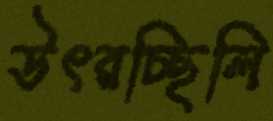
উৎরচ্ছিলি